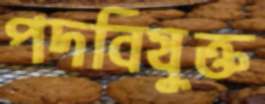
পদবিযুক্ত